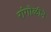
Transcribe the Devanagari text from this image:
रांंगोळीने